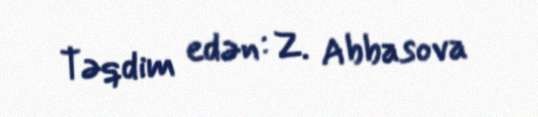
Təqdim edən: Z. Abbasova